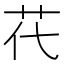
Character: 𦬴